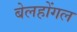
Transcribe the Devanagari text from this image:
बेलहोंगल